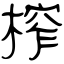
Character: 榨